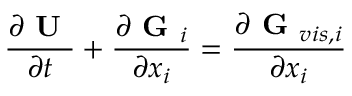
\frac { \partial \textbf { U } } { \partial t } + \frac { \partial \textbf { G } _ { i } } { \partial x _ { i } } = \frac { \partial \textbf { G } _ { v i s , i } } { \partial x _ { i } }